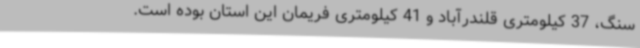
سنگ، 37 کیلومتری قلندرآباد و 41 کیلومتری فریمان این استان بوده است.